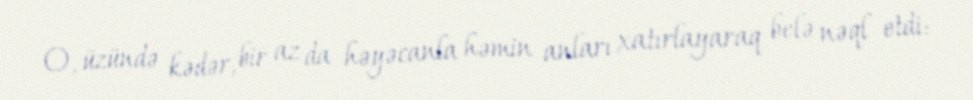
O, üzündə kədər, bir az da həyəcanla həmin anları xatırlayaraq belə nəql etdi: